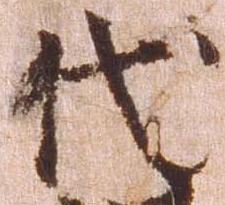
代